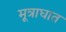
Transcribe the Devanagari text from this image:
मूत्राघात